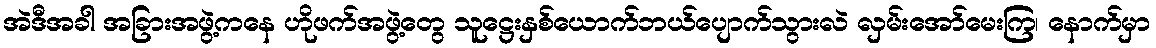
အဲဒီအခါ အခြားအဖွဲ့ကနေ ဟိုဖက်အဖွဲ့တွေ သူဋ္ဌေးနှစ်ယောက်ဘယ်ပျောက်သွားလဲ လှမ်းအော်မေးကြ၊ နောက်မှာ